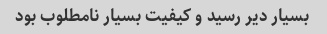
بسیار دیر رسید و کیفیت بسیار نامطلوب بود